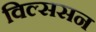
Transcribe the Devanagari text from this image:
विल्ससन